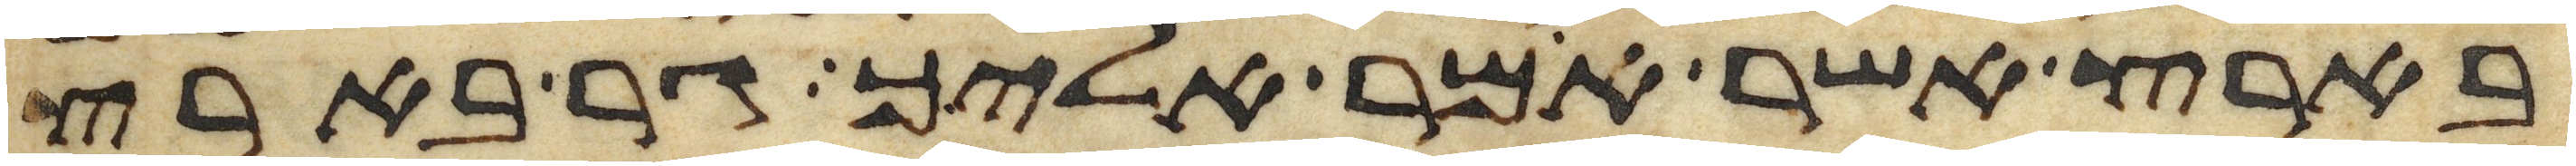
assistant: בארץ אשר אמר אליך גר בארץ